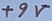
Text: +9V